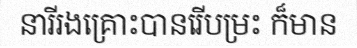
នារីរងគ្រោះបានរើបម្រះ ក៏មាន